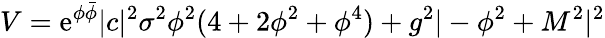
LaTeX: V=\mathrm{e}^{\phi\bar{{\phi}}}|c|^{2}\sigma^{2}\phi^{2}(4+2\phi^{2}+\phi^{4})+g^{2}|-\phi^{2}+M^{2}|^{2}